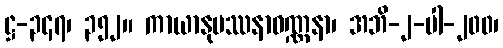
ဋ္ဌ-၃၄၇၊ ၃၅၂။ ကာယာနုပဿနာဝဏ္ဏနာ၊ အဘိ-၂-ပါ-၂၀၀၊